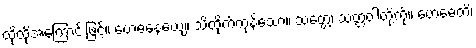
ထိုထိုအကြောင်းဖြင့်။ ဗောဓနေယျေ၊ သိထိုက်ကုန်သော။ သတ္တေ၊ သတ္တဝါတို့ကို။ ဗောဓေတိ၊